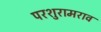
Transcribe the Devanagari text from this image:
परशुरामराव